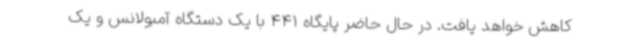
کاهش خواهد یافت. در حال حاضر پایگاه 441 با یک دستگاه آمبولانس و یک